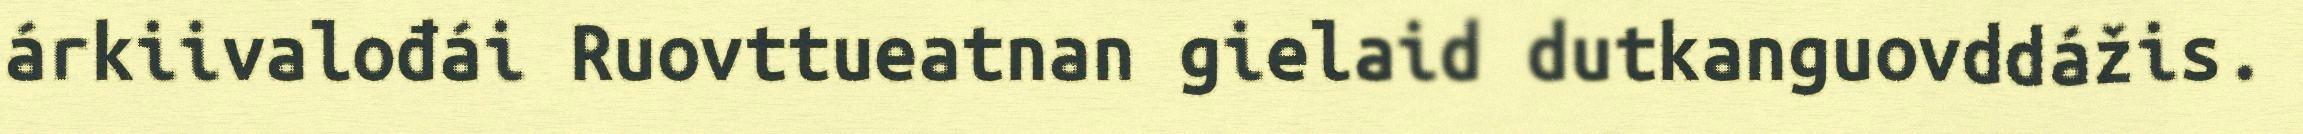
árkiivalođái Ruovttueatnan gielaid dutkanguovddážis.